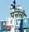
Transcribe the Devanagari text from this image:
पत्तली